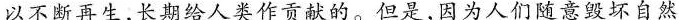
以不断再生，长期给人类作贡献的。但是，因为人们随意毁坏自然